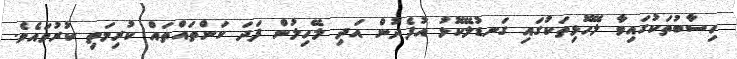
ހިސާބުތަކުގައިވާ ލޭހޮޅިތަކުގައި ގަނޑުލޭކޮޅު އުފެދުން އަދި ލޭހިލުން ފަދަ ކަންތައްތައް ކުރިމަތި ކުރުވައެވެ.